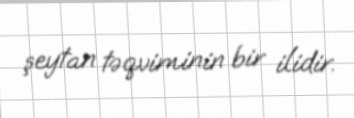
şeytan təqviminin bir ilidir.